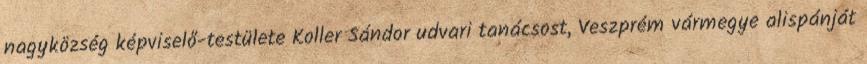
nagyközség képviselő-testülete Koller Sándor udvari tanácsost, Veszprém vármegye alispánját